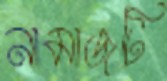
নামাজটি